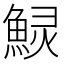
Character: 𱆲